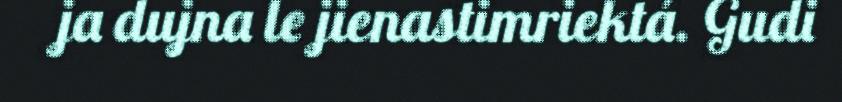
ja dujna le jienastimriektá. Gudi